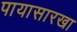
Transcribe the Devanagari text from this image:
पायासारखा